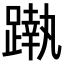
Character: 𨄴